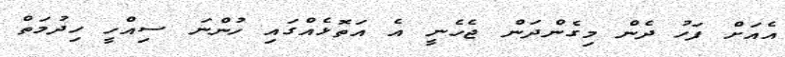
އެއަށް ފަހު ދެން މިގެންދަން ޖެހެނީ އެ އަތޮޅެއްގައި ހުންނަ ސިއްހީ ހިދުމަތް